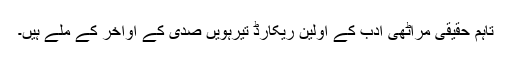
تاہم حقیقی مراٹھی ادب کے اولین ریکارڈ تیرہویں صدی کے اواخر کے ملے ہیں۔